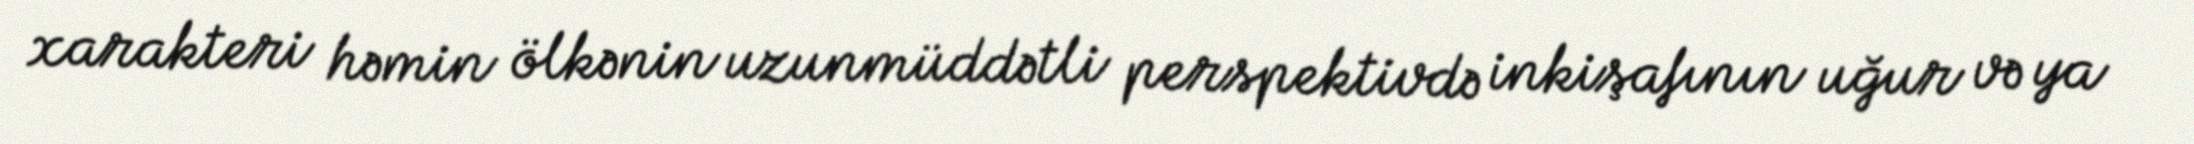
xarakteri həmin ölkənin uzunmüddətli perspektivdə inkişafının uğur və ya